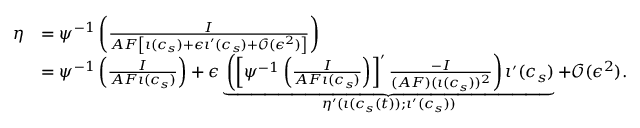
\begin{array} { r l } { \eta } & { = \psi ^ { - 1 } \left( \frac { I } { A F \left[ \iota ( c _ { s } ) + \epsilon \iota ^ { \prime } ( c _ { s } ) + \mathcal { O } ( \epsilon ^ { 2 } ) \right] } \right) } \\ & { = \psi ^ { - 1 } \left( \frac { I } { A F \iota ( c _ { s } ) } \right) + \epsilon \underbrace { \left( \left[ \psi ^ { - 1 } \left( \frac { I } { A F \iota ( c _ { s } ) } \right) \right] ^ { \prime } \frac { - I } { ( A F ) ( \iota ( c _ { s } ) ) ^ { 2 } } \right) \iota ^ { \prime } ( c _ { s } ) } _ { \eta ^ { \prime } ( \iota ( c _ { s } ( t ) ) ; \iota ^ { \prime } ( c _ { s } ) ) } + \mathcal { O } ( \epsilon ^ { 2 } ) . } \end{array}